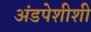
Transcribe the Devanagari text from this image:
अंडपेशीशी